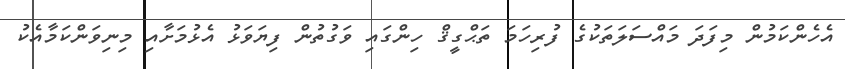
އެހެންކަމުން މިފަދަ މައްސަލަތަކުގެ ފުރިހަމަ ތަޙްގީޤް ހިންގައި ވަގުތުން ފިޔަވަޅު އެޅުމަށާއި މިނިވަންކަމާއެކު